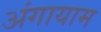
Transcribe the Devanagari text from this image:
अंगायाम